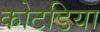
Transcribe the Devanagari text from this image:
कोटडिया